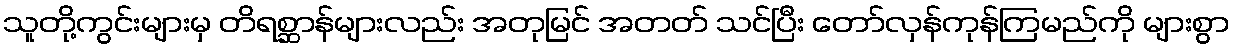
သူတို့ကွင်းများမှ တိရစ္ဆာန်များလည်း အတုမြင် အတတ် သင်ပြီး တော်လှန်ကုန်ကြမည်ကို များစွာ